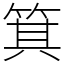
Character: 箕